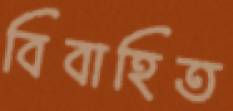
বিবাহিত